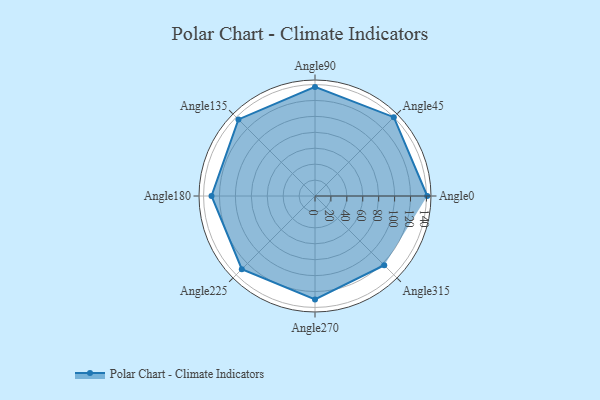
{"axis": {"x": "Angle", "y": "Radius"}, "legend": [""], "data": [{"x": "Angle0", "y": 141.0, "type": ""}, {"x": "Angle45", "y": 140.0, "type": ""}, {"x": "Angle90", "y": 137.0, "type": ""}, {"x": "Angle135", "y": 136.0, "type": ""}, {"x": "Angle180", "y": 130.0, "type": ""}, {"x": "Angle225", "y": 130.0, "type": ""}, {"x": "Angle270", "y": 130.0, "type": ""}, {"x": "Angle315", "y": 123.0, "type": ""}]}